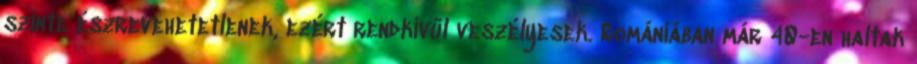
szinte észrevehetetlenek, ezért rendkívül veszélyesek. Romániában már 40-en haltak